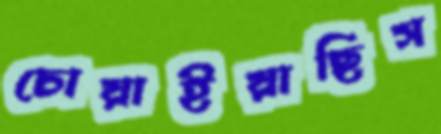
চোয়াইয়াছিস